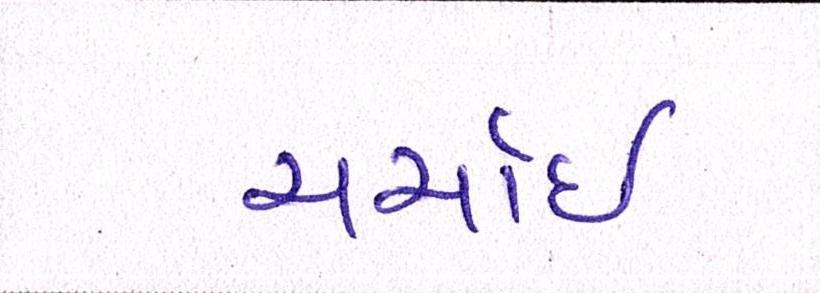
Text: ચર્ચાઈ